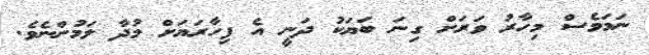
ނަމަވެސް މިހާރު ވަރަށް ގިނަ ބަޔަކު ދަނީ އެ ފިހާރަޔަށް މުދާ ލަމުންނެވެ.